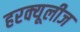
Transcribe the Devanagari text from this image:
हरक्यूलीज